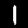
Label: 1